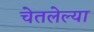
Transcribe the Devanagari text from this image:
चेतलेल्या